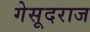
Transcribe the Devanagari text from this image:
गेसूदराज